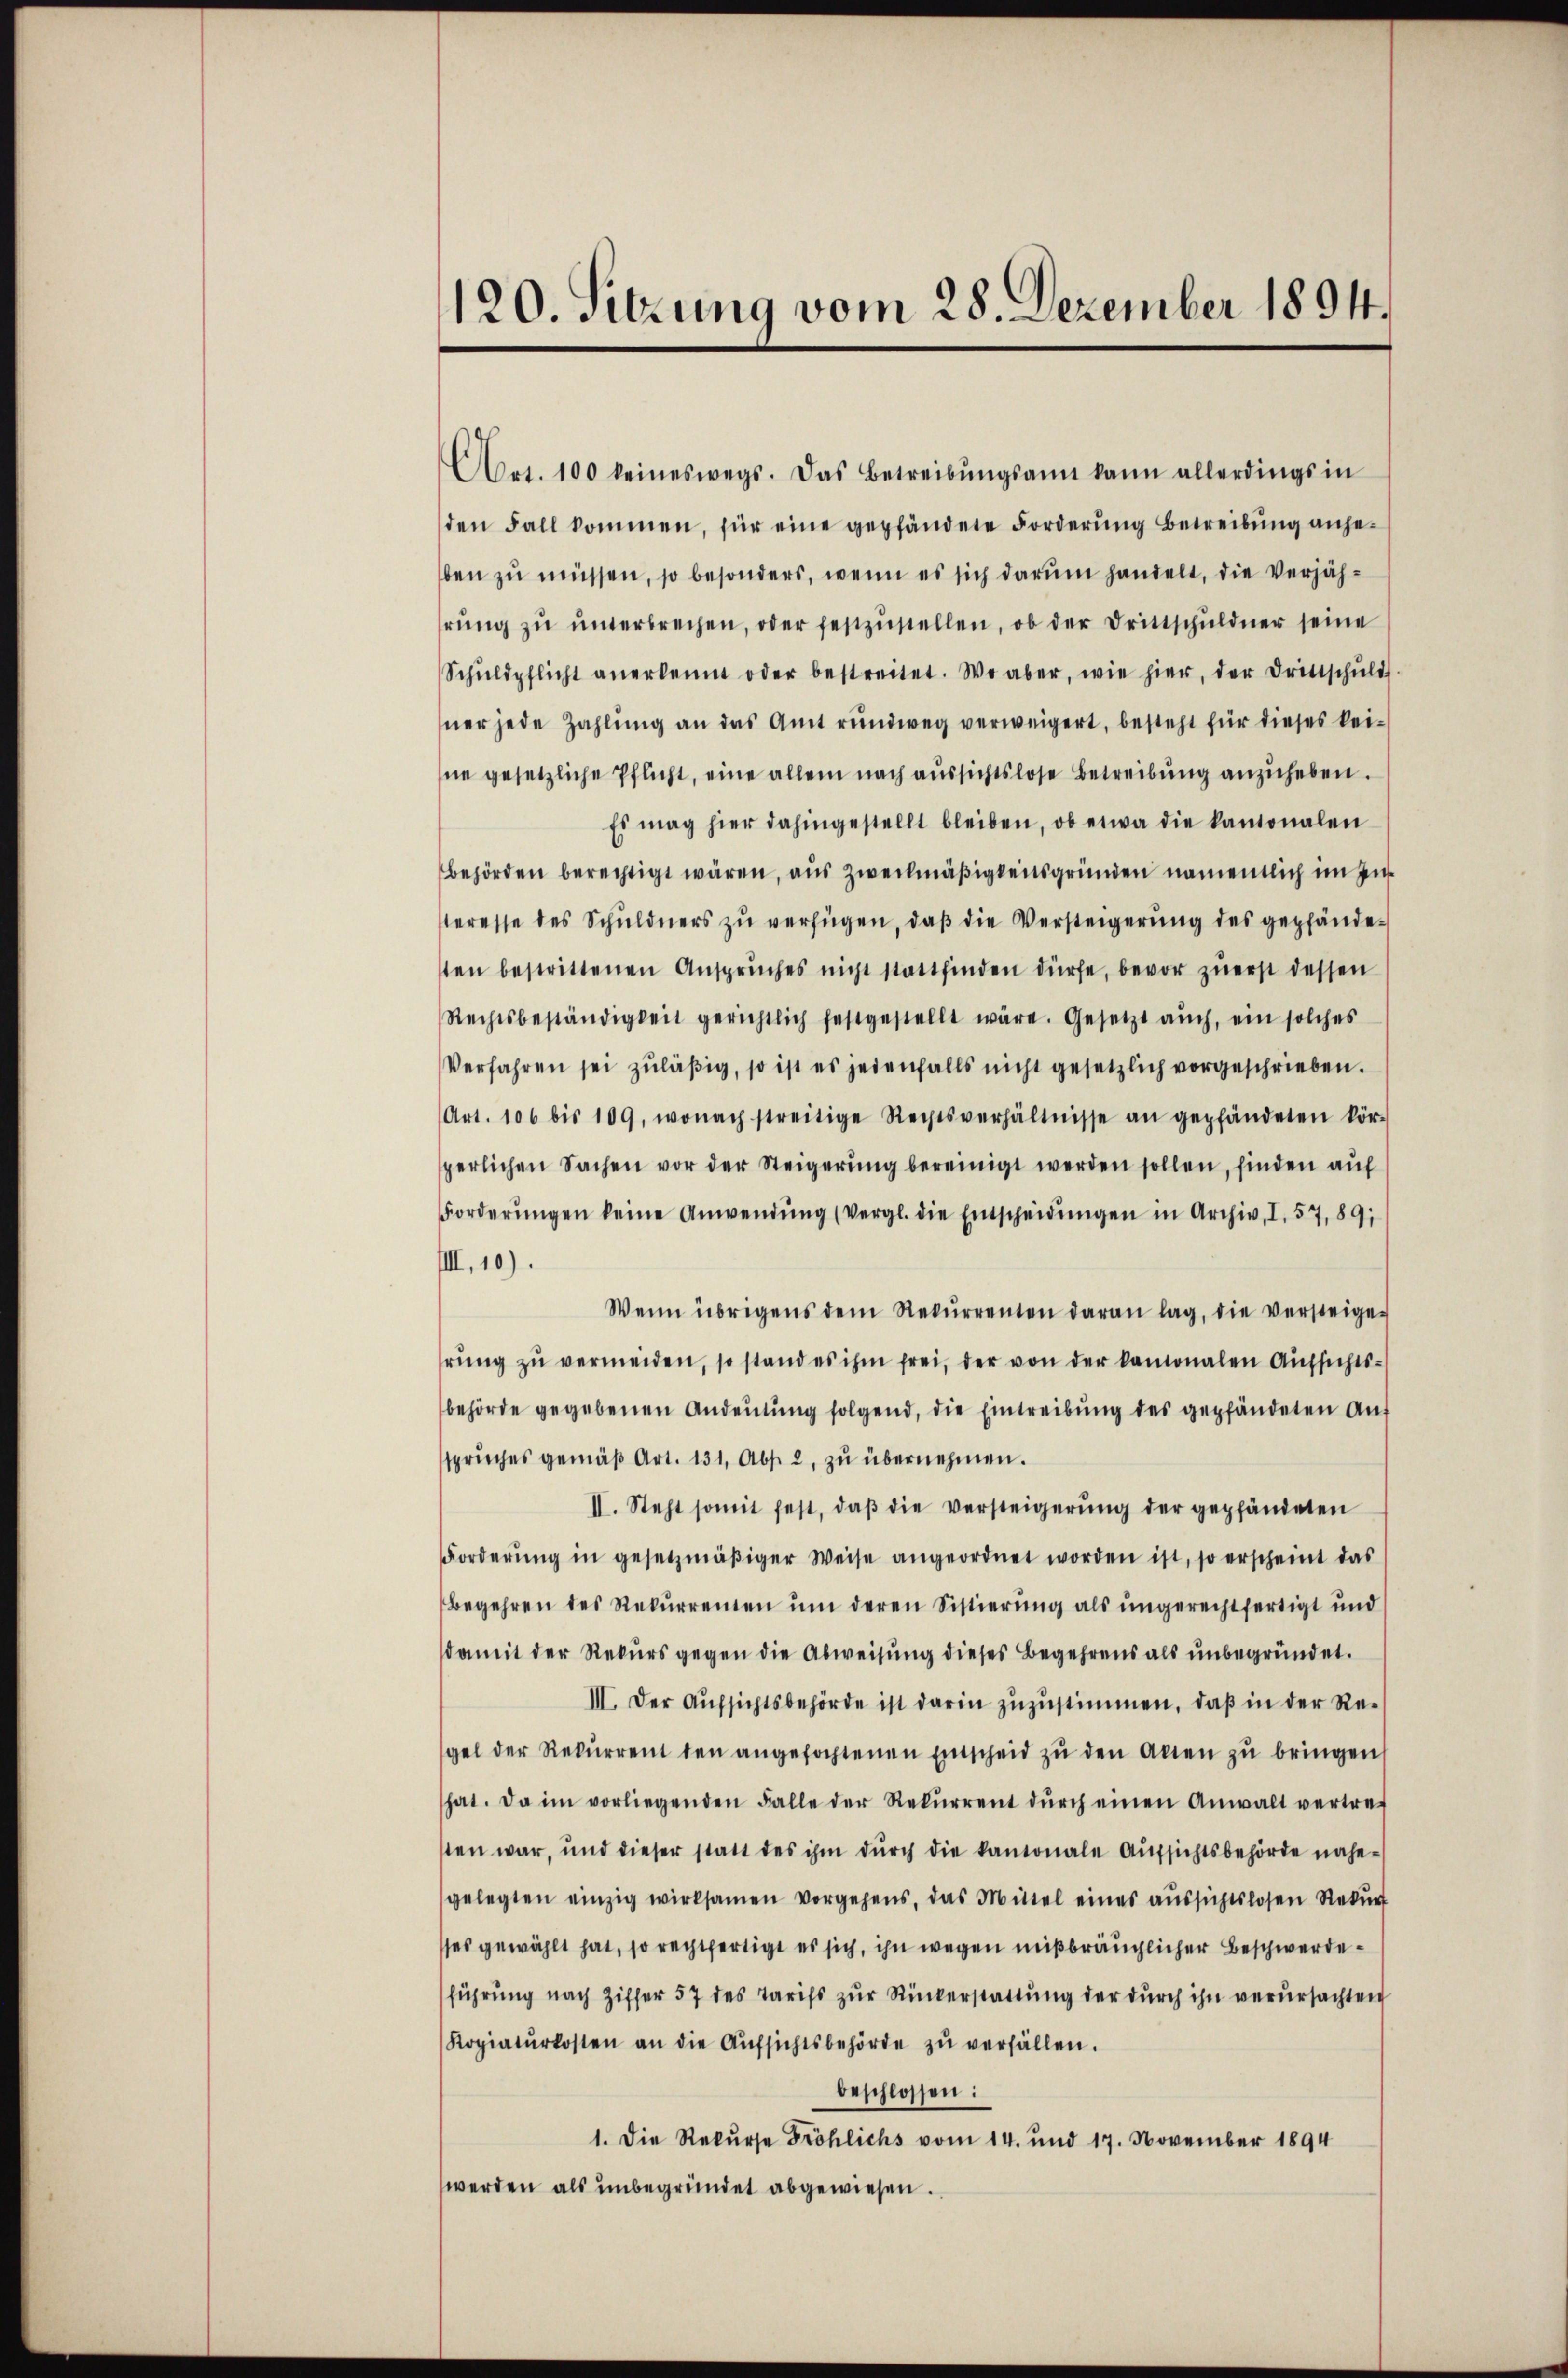
120. Sitzung vom 28. Dezember 1894.

Art. 100 keineswegs. Das Betreibŭngsamt kann allerdings in
den Fall kommen, für eine gepfändete Forderung betreibung angeben zu müssen, so besonders, wenn es sich darum handelt, die Verjährŭng zŭ ŭnterbrechen, oder festzŭstellen, ob der Drittschuldner seine
Schŭldpflicht anerkennt oder bestreitet. Wo aber, wie hier, der Drittschŭld
ner jede Zahlung an das Amt rundweg verweigert, besteht für dieses keine gesetzliche Pflicht, eine allein nach aussichtslose Betreibung anzuheben.
Es mag hier dahingestellt bleiben, ob etwa die kantonalen
behörden berechtigt wären, aus Zweckmäßigkeitsgründen namentlich im Interesse des Schuldners zu verfügen, daß die Versteigerung des gepfändesten bestrittenen Ansprŭches nicht stattfinden dürfe, bevor zŭerst dessen
Rechtsbeständigkeit gerichtlich festgestellt wäre. Gesetzt aŭch, ein solches
Verfahren sei zuläßig, so ist es jedenfalls nicht gesetzlich vorgeschrieben.
Art. 106 bis 109, wonach streitige Rechtsverhältnisse an gepfändeten kör-
perlichen Sachen vor der Steigerŭng bereinigt werden sollen, finden aŭf
Forderŭngen keine Anwendŭng (vergl. die Entscheidŭngen in Archiv, I. 57, 89,
IIII. 10).
Wenn übrigens dem Rekŭrrenten daran lag, die versteige-
rŭng zŭ vermeiden, so stand es ihm frei, der von der kamonalen Aufsichtsbehörde gegebenen Andeŭtŭng folgend, die Eintreibŭng des gepfändeten Aŭf
spruches gemäβ Art. 131, Abs. 2, zŭ übernehmen.
II. Steht somit fest, daβ die versteigerŭng der gepfändeten
Forderŭng in gesetzmäβiger Weise angeordnet worden ist, so erscheint das
Begehren des Rekŭrrenten ŭm deren Sistierung als ungerechtfertigt und
damit der Rekurs gegen die Abweisung dieses Begehrens als unbegründet.
III. Der Aufsichtsbehörde ist darin zuzustimmen, daß in der Regel der Rekŭrrent den angefochtenen Entscheid zŭ den Acten zŭ bringen
hat. Da im vorliegenden Falle der Rekŭrrent dŭrch einen Anwalt vertref
sten war, und dieser statt des ihm durch die kantonale Aufsichtsbehörde nähegelegten einzig wirksamen vorgehens, das Mittel eines aussichtslosen Rekur
ses gewählt hat, so rechtfertigt es sich, ihn wegen mißbräuchlicher Beschwerdeführung nach Ziffer 57 des Tarifs zŭr Rückerstattung der durch ihn verursachten
Kopiatŭrkosten an die Aŭfsichtsbehörde zŭ verfällen.
beschlossen:
1. Die Rekurse Fröhlichs vom 14. und 17. November 1894
werden als unbegründet abgewiesen.